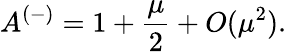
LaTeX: A^{(-)}=1+\frac{\mu}2+O(\mu^{2}).